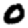
Digit: 0